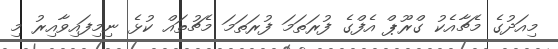
މިއަދުގެ މެޗާއެކު ގްރޫޕް އެފްގެ ފުރަތަމަ ފުރަތަމަ މެޗުތައް ކުޅެ ނިމިފައިވާއިރު މި